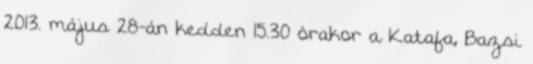
2013. május 28-án kedden 15.30 órakor a Katafa, Bazsi